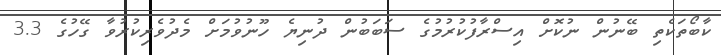
ކާބޯތަކެތި ބޭނުން ނުކޮށް އިސްރާފުކުރުމުގެ ސަބަބުން ދުނިޔެ ހޫނުވުމަށް މެދުވެރިކުރުވާ ގޭހުގެ 3.3